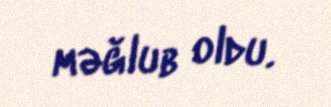
məğlub oldu.